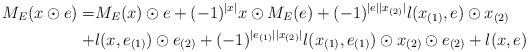
LaTeX: \begin{align*}M_E(x\odot e)=& M_E(x) \odot e+ (-1)^{|x|}x \odot M_E(e)+ (-1)^{|e||x_{(2)}|}l(x_{(1)}, e)\odot x_{(2)} \\+& l (x, e_{(1)})\odot e_{(2)}+ (-1)^{|e_{(1)}||x_{(2)}|}l(x_{(1)}, e_{(1)})\odot x_{(2)}\odot e_{(2)} + l(x, e)\end{align*}